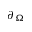
\partial _ { \Omega }